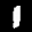
Label: 1